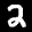
Label: 2